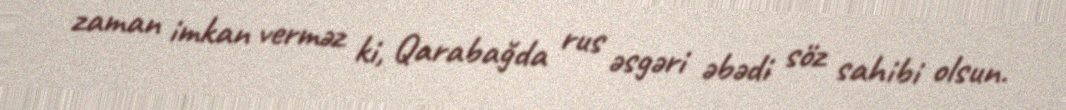
zaman imkan verməz ki, Qarabağda rus əsgəri əbədi söz sahibi olsun.